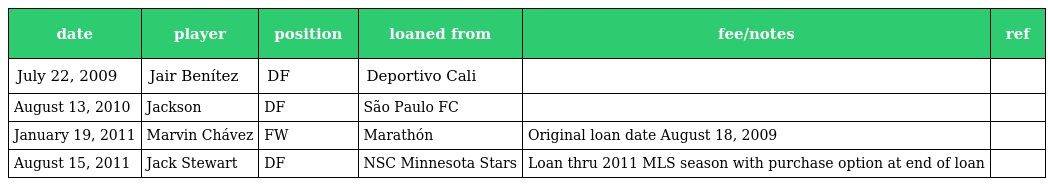
| date | player | position | loaned from | fee/notes | ref |
 | --- | --- | --- | --- | --- | --- |
 | July 22, 2009 | Jair Benítez | DF | Deportivo Cali |  |  |
 | August 13, 2010 | Jackson | DF | São Paulo FC |  |  |
 | January 19, 2011 | Marvin Chávez | FW | Marathón | Original loan date August 18, 2009 |  |
 | August 15, 2011 | Jack Stewart | DF | NSC Minnesota Stars | Loan thru 2011 MLS season with purchase option at end of loan |  |